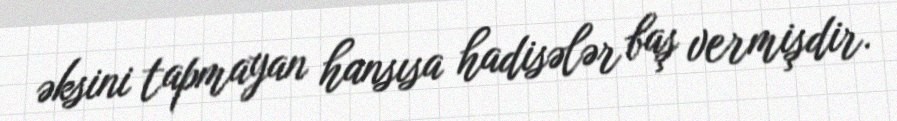
əksini tapmayan hansısa hadisələr baş vermişdir.